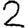
Digit: 2